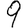
Digit: 9